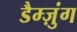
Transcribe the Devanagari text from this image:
डैम्ज़ुंग